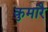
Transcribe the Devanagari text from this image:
कुमारै